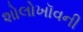
શોલોખૉવની